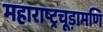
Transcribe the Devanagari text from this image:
महाराष्ट्रचूड़ामणि